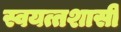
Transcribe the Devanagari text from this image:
स्वयत्तशासी